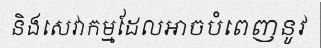
និងសេវាកម្មដែលអាចបំពេញនូវ